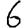
Digit: 6